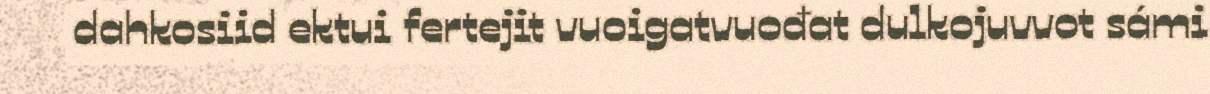
dahkosiid ektui fertejit vuoigatvuođat dulkojuvvot sámi